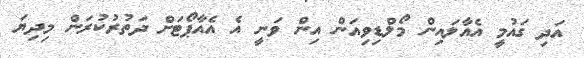
އަދި ގައުމީ އެއާލައިން މޯލްޑިވިއަން އިން ވަނީ އެ އެއާޕޯޓަށް ދަތުރުކުރަން މިދިޔަ